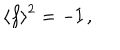
\left< f \right> ^ { 2 } = - { \bf I } \, ,